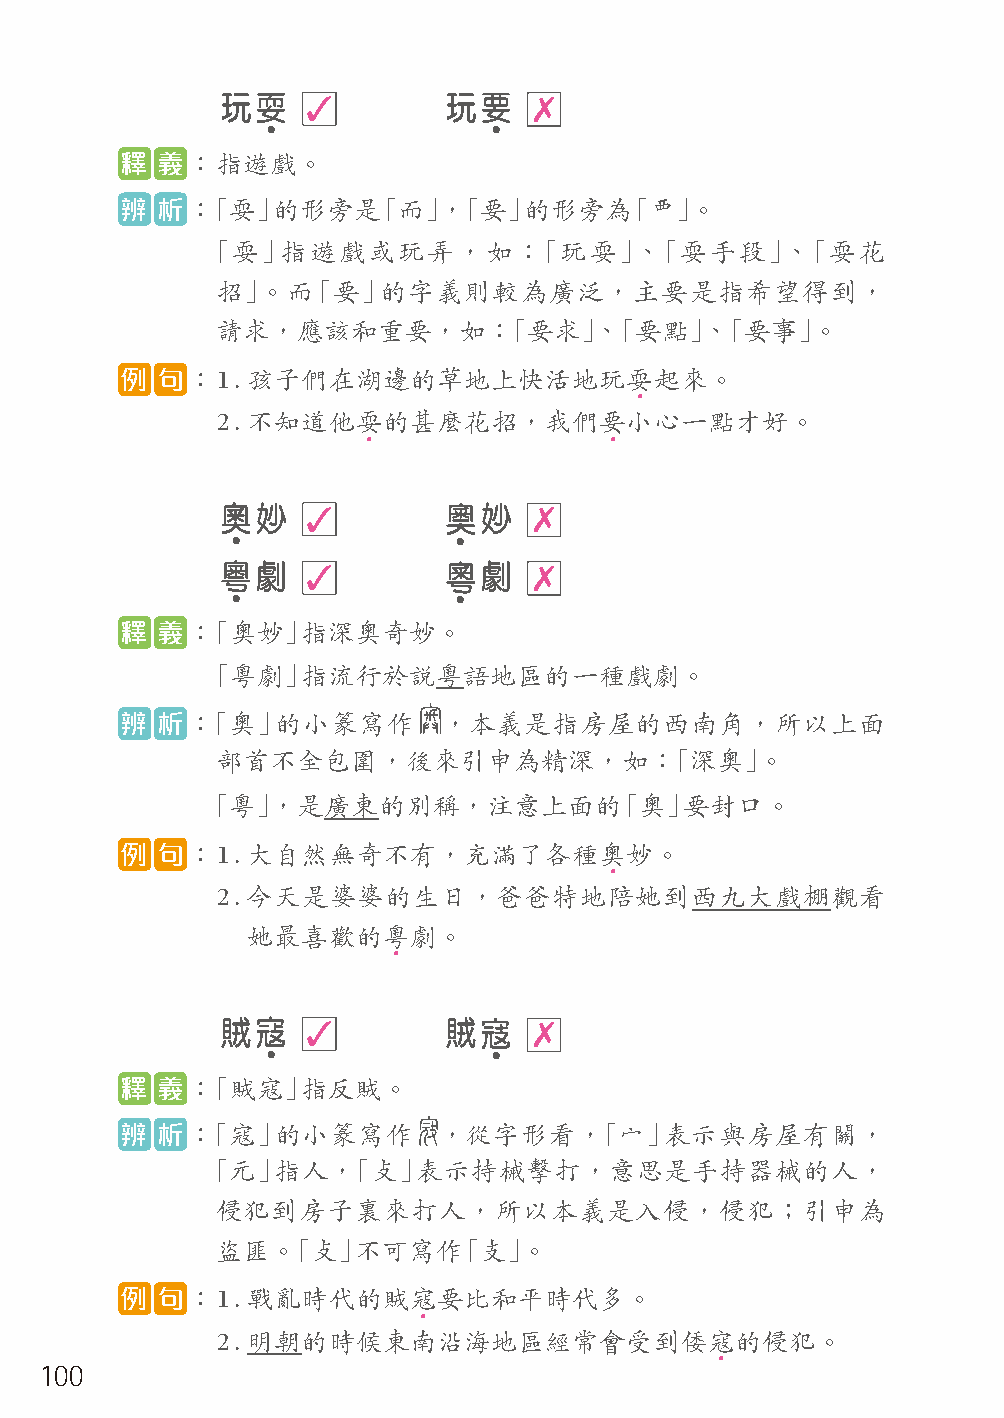
玩耍   ✓        玩要    ✗
 4              4
 釋 義：  指遊戲。
 辨 析：「  耍」的形旁是「而」，「要」的形旁為「覀」。
 「耍」指遊戲或玩弄，如：「玩耍」、「耍手段」、「耍花
 招」。而「要」的字義則較為廣泛，主要是指希望得到，
 請求，應該和重要，如：「要求」、「要點」、「要事」。
 例 句：  1. 孩子們在湖邊的草地上快活地玩耍起來。
 4
 2. 不知道他耍的甚麼花招，我們要小心一點才好。
 4               4
 奧妙   ✓           妙  ✗
 4              4
 粵劇   ✓           劇  ✗
 4              4
 釋 義：「  奧妙」指深奧奇妙。
 「粵劇」指流行於說粵語地區的一種戲劇。
 辨 析：「  奧」的小篆寫作       ，本義是指房屋的西南角，所以上面
 部首不全包圍，後來引申為精深，如：「深奧」。
 「粵」，是廣東的別稱，注意上面的「奧」要封口。
 例 句：  1. 大自然無奇不有，充滿了各種奧妙。
 4
 2. 今天是婆婆的生日，爸爸特地陪她到西九大戲棚觀看
 她最喜歡的粵劇。
 4
 賊寇   ✓        賊     ✗
 4              4
 釋 義：「  賊寇」指反賊。
 辨 析：「  寇」的小篆寫作       ，從字形看，「⼧」表示與房屋有關，
 「元」指人，「⽁」表示持械擊打，意思是手持器械的人，
 侵犯到房子裏來打人，所以本義是入侵，侵犯；引申為
 盜匪。「⽁」不可寫作「支」。
 例 句：  1. 戰亂時代的賊寇要比和平時代多。
 4
 2. 明朝的時候東南沿海地區經常會受到倭寇的侵犯。
 4
 100